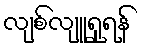
လျစ်လျူရှုရန်